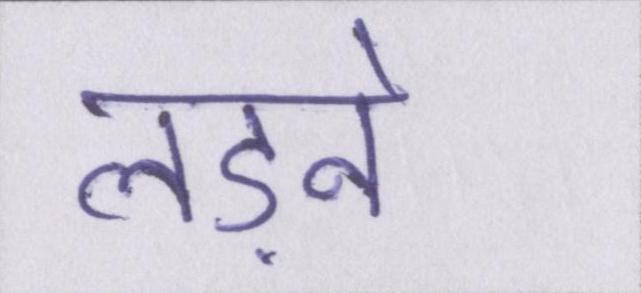
लड़ने